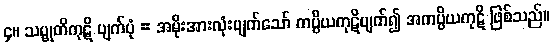
၄။ သမ္မုတိကုဋိ ပျက်ပုံ = အမိုးအားလုံးပျက်သော် ကပ္ပိယကုဋိပျက်၍ အကပ္ပိယကုဋိ ဖြစ်သည်။